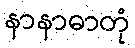
နာနာဓာတုံ